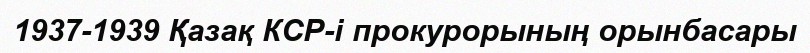
1937-1939 Қазақ КСР-і прокурорының орынбасары